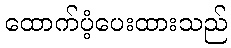
ထောက်ပံ့ပေးထားသည်